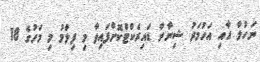
ނަހުލާ އާއި އަހުމަދު ޝިނާން ޑައިރެކްޓްކޮށްފައިވާ މި ފިލްމު މި މަހުގެ 18